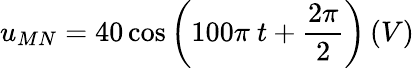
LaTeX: u_{MN}=40\cos{\left(100\pi\ t+\frac{2\pi}{2}\right)}\left(V\right)